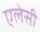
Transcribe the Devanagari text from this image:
एलेसी